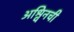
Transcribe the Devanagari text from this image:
अश्विनची